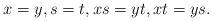
LaTeX: \begin{align*}x=y,s=t,xs=yt,xt=ys.\end{align*}